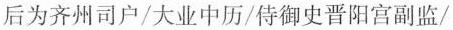
后为齐州司户/大业中历/侍御史晋阳宫副监/